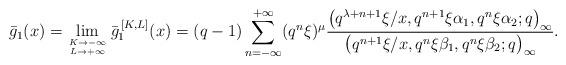
LaTeX: \begin{align*}& \bar{g}_1 (x)= \lim_{K \to -\infty \atop{ L \to +\infty}} \bar{g}_1^{\,[K,L]}(x) = (q-1) \sum_{n=-\infty}^{+\infty} (q^n\xi)^{\mu} \frac{\big(q^{\lambda+n+1}\xi /x, q^{n+1} \xi\alpha_1, q^n \xi\alpha_2; q\big)_{\infty}}{\big(q^{n+1}\xi /x, q^n \xi\beta_1, q^n \xi\beta_2 ;q\big)_{\infty}}.\end{align*}